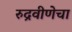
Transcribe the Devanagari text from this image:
रुद्रवीणेचा